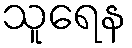
သူရေန